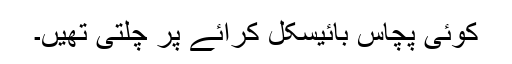
کوئی پچاس بائیسکل کرائے پر چلتی تھیں۔